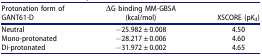
<table><thead><tr><td><b>Protonation form of GANT61-D</b></td><td><b>ΔG binding MM-GBSA (kcal/mol)</b></td><td><b>XSCORE (p<i>K</i><sub>d</sub>)</b></td></tr></thead><tbody><tr><td>Neutral</td><td>−25.982 ± 0.008</td><td>4.50</td></tr><tr><td>Mono-protonated</td><td>−28.217 ± 0.006</td><td>4.60</td></tr><tr><td>Di-protonated</td><td>−31.972 ± 0.002</td><td>4.65</td></tr></tbody></table>